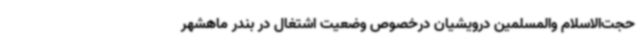
حجت‌الاسلام والمسلمین درویشیان درخصوص وضعیت اشتغال در بندر ماهشهر